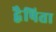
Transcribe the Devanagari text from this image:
द्वैषिता